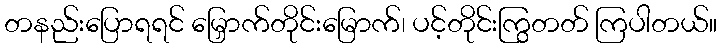
တနည်းပြောရရင် မြှောက်တိုင်းမြောက်၊ ပင့်တိုင်းကြွတတ် ကြပါတယ်။